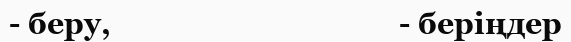
- беру,                                    - беріңдер